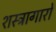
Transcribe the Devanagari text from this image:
शस्त्रागारों